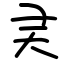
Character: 㚑